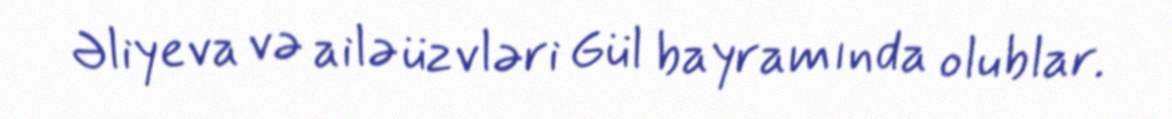
Əliyeva və ailə üzvləri Gül bayramında olublar.